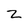
Character: z